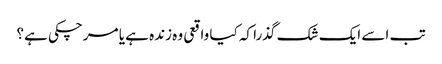
تب اسے ایک شک گذرا کہ کیا واقعی وہ زندہ ہے یا مرچکی ہے؟